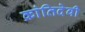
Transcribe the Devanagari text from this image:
क्रांतिदेवी